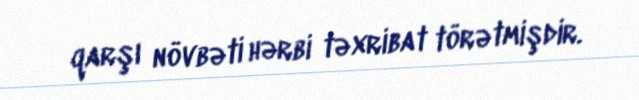
qarşı növbəti hərbi təxribat törətmişdir.